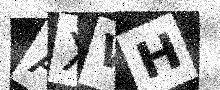
Text: AXWH